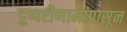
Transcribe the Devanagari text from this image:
दुष्परीणामांपासून